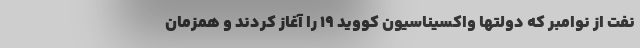
نفت از نوامبر که دولتها واکسیناسیون کووید ۱۹ را آغاز کردند و همزمان